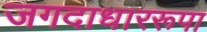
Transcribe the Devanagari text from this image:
जगदाधाररूपा